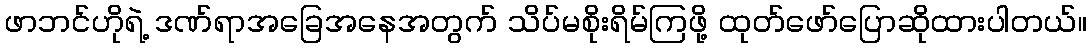
ဖာဘင်ဟိုရဲ့ ဒဏ်ရာအခြေအနေအတွက် သိပ်မစိုးရိမ်ကြဖို့ ထုတ်ဖော်ပြောဆိုထားပါတယ်။